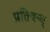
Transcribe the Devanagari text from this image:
प्रतिबन्ध्